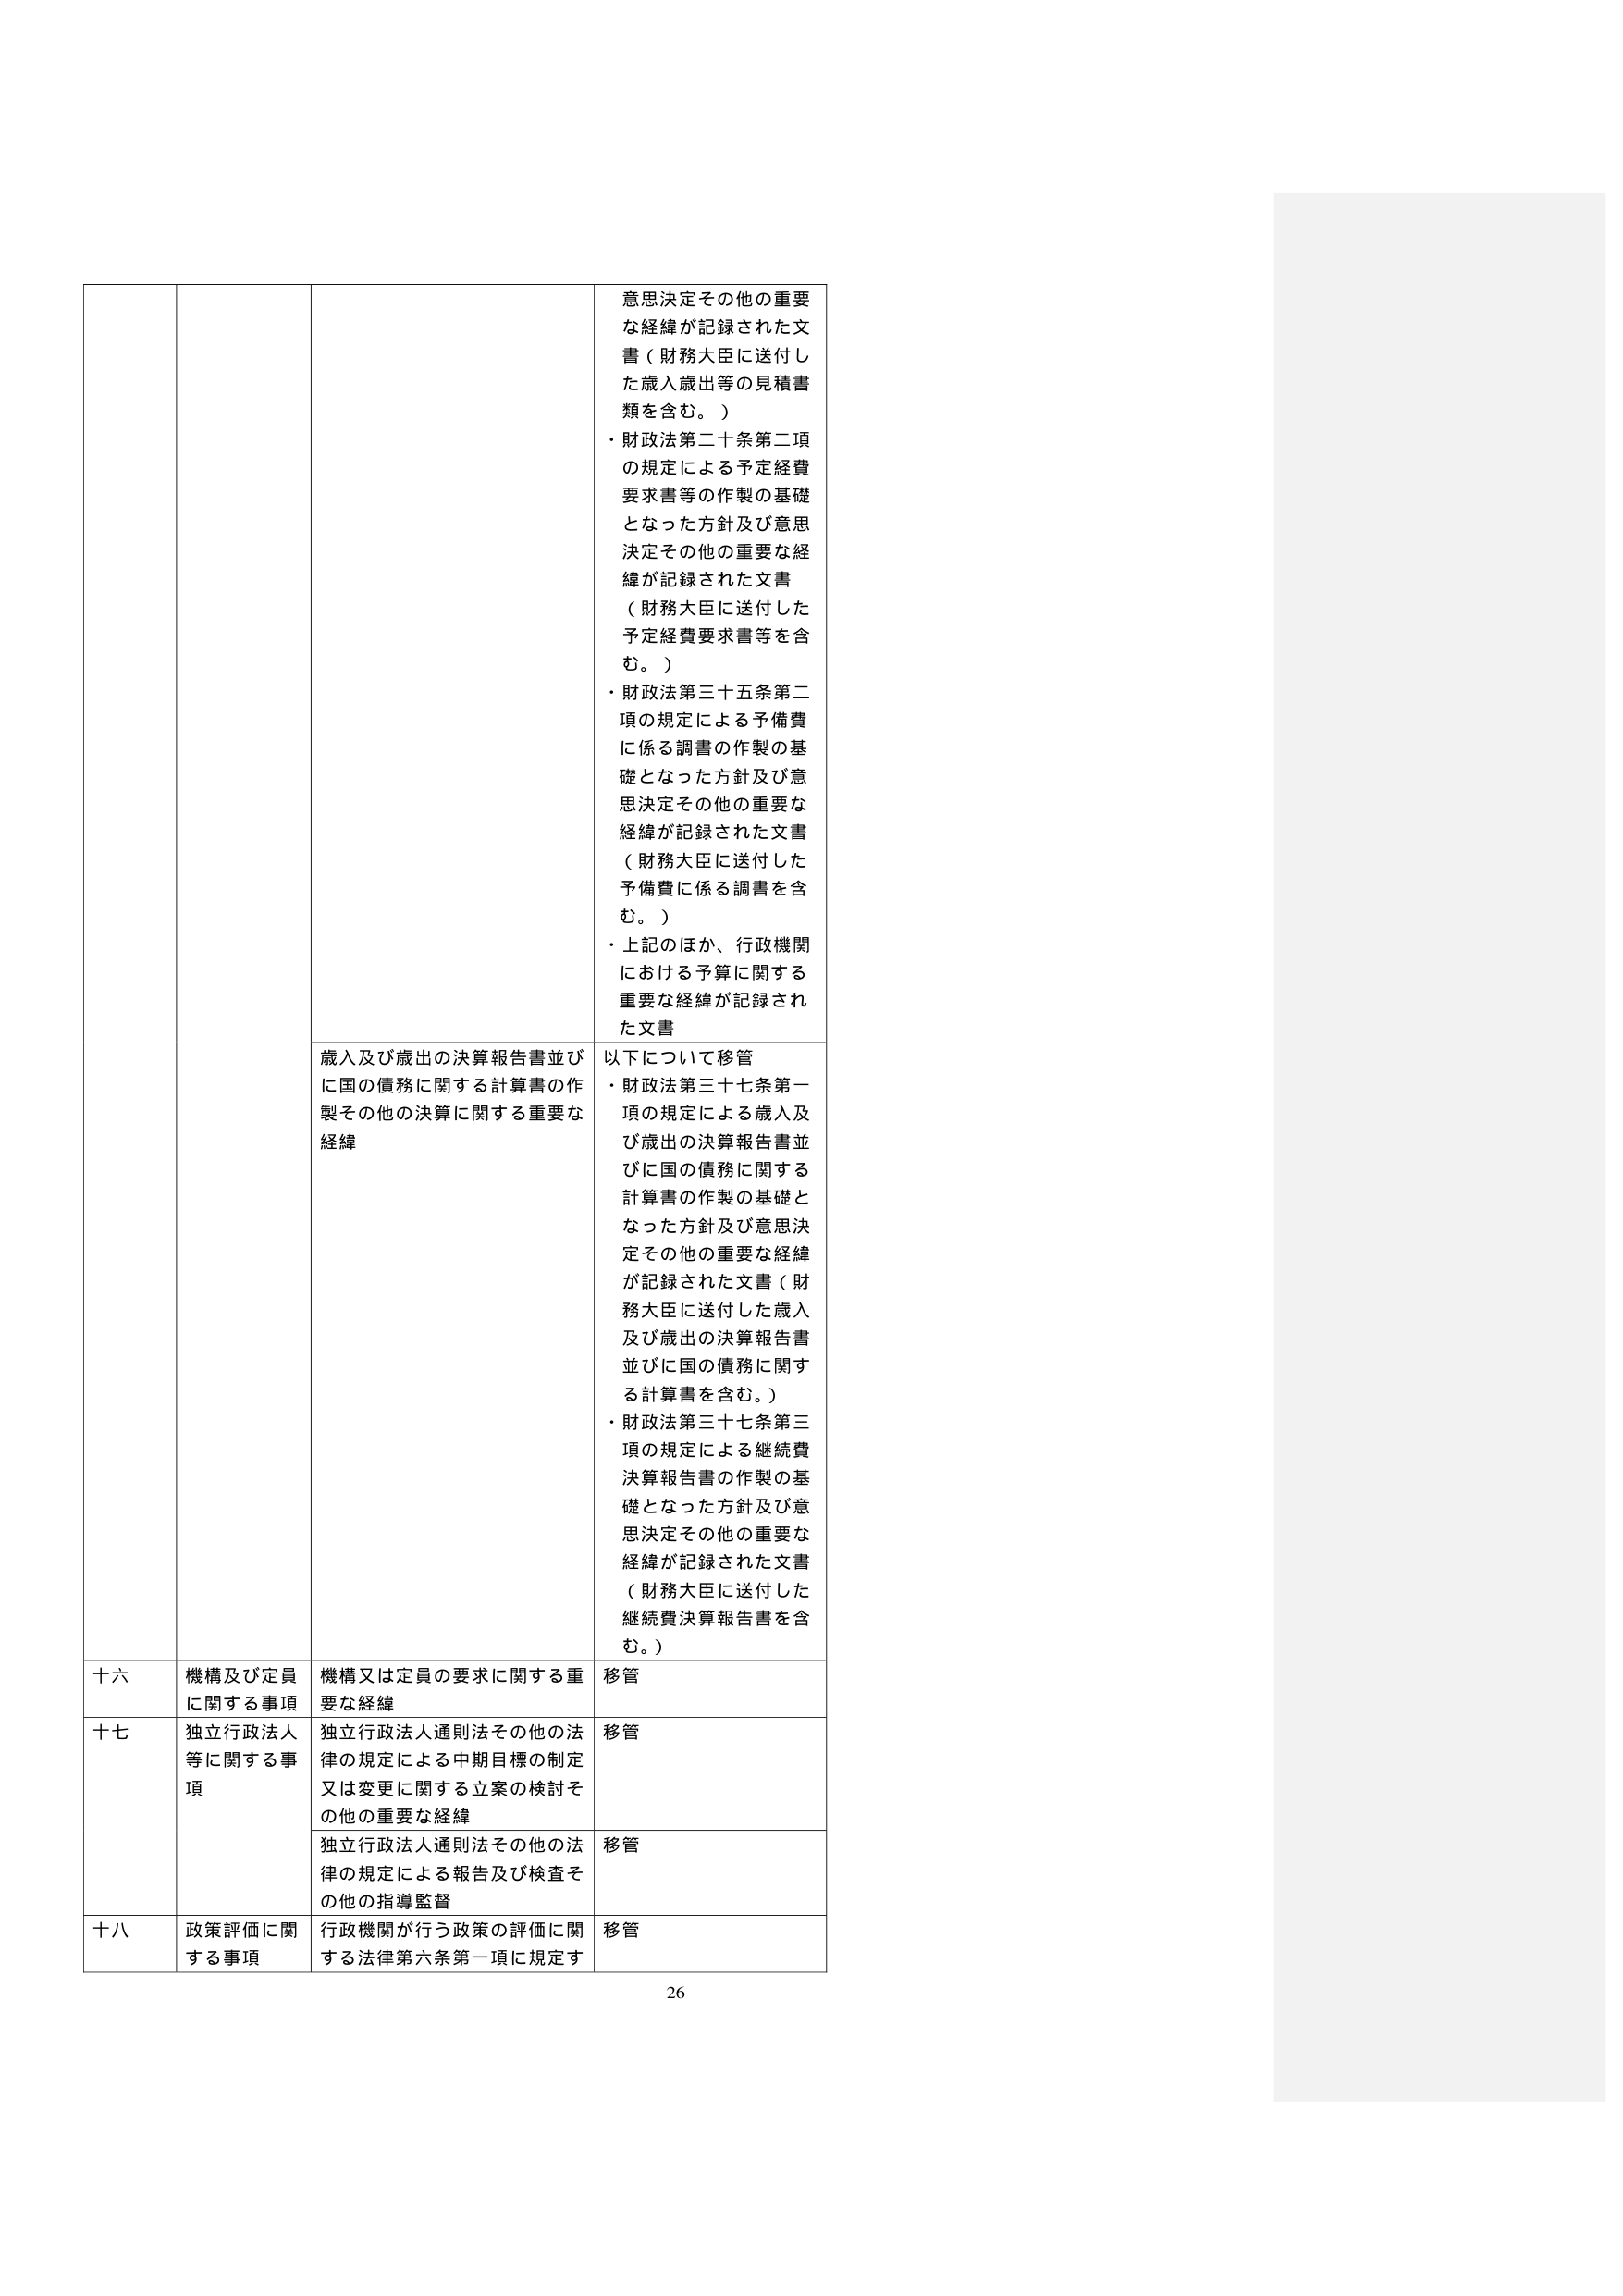
意思決定その他の重要な経緯が記録された文書（財務大臣に送付した歳入歳出等の見積書類を含む。）
・財政法第二十条第二項の規定による予定経費要求書等の作製の基礎となった方針及び意思決定その他の重要な経緯が記録された文書（財務大臣に送付した予定経費要求書等を含む。）
・財政法第三十五条第二項の規定による予備費に係る調書の作製の基礎となった方針及び意思決定その他の重要な経緯が記録された文書（財務大臣に送付した予備費に係る調書を含む。）
・上記のほか、行政機関における予算に関する重要な経緯が記録された文書

歳入及び歳出の決算報告書並びに国の債務に関する計算書の作製その他の決算に関する重要な経緯

以下について移管
・財政法第三十七条第一項の規定による歳入及び歳出の決算報告書並びに国の債務に関する計算書の作製の基礎となった方針及び意思決定その他の重要な経緯が記録された文書（財務大臣に送付した歳入及び歳出の決算報告書並びに国の債務に関する計算書を含む。）
・財政法第三十七条第三項の規定による継続費決算報告書の作製の基礎となった方針及び意思決定その他の重要な経緯が記録された文書（財務大臣に送付した継続費決算報告書を含む。）

十六 機構及び定員に関する事項 機構又は定員の要求に関する重要な経緯 移管

十七 独立行政法人等に関する事項 独立行政法人通則法その他の法律の規定による中期目標の制定又は変更に関する立案の検討その他の重要な経緯 移管

独立行政法人通則法その他の法律の規定による報告及び検査その他の指導監督 移管

十八 政策評価に関する事項 行政機関が行う政策の評価に関する法律第六条第一項に規定す 移管

26